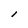
Character: l